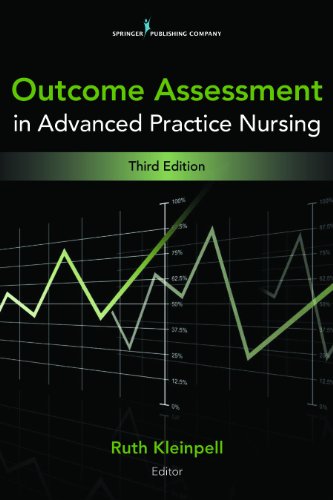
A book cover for Outcome Assessment in Advanced Practice Nursing: Third Edition; Medical Books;